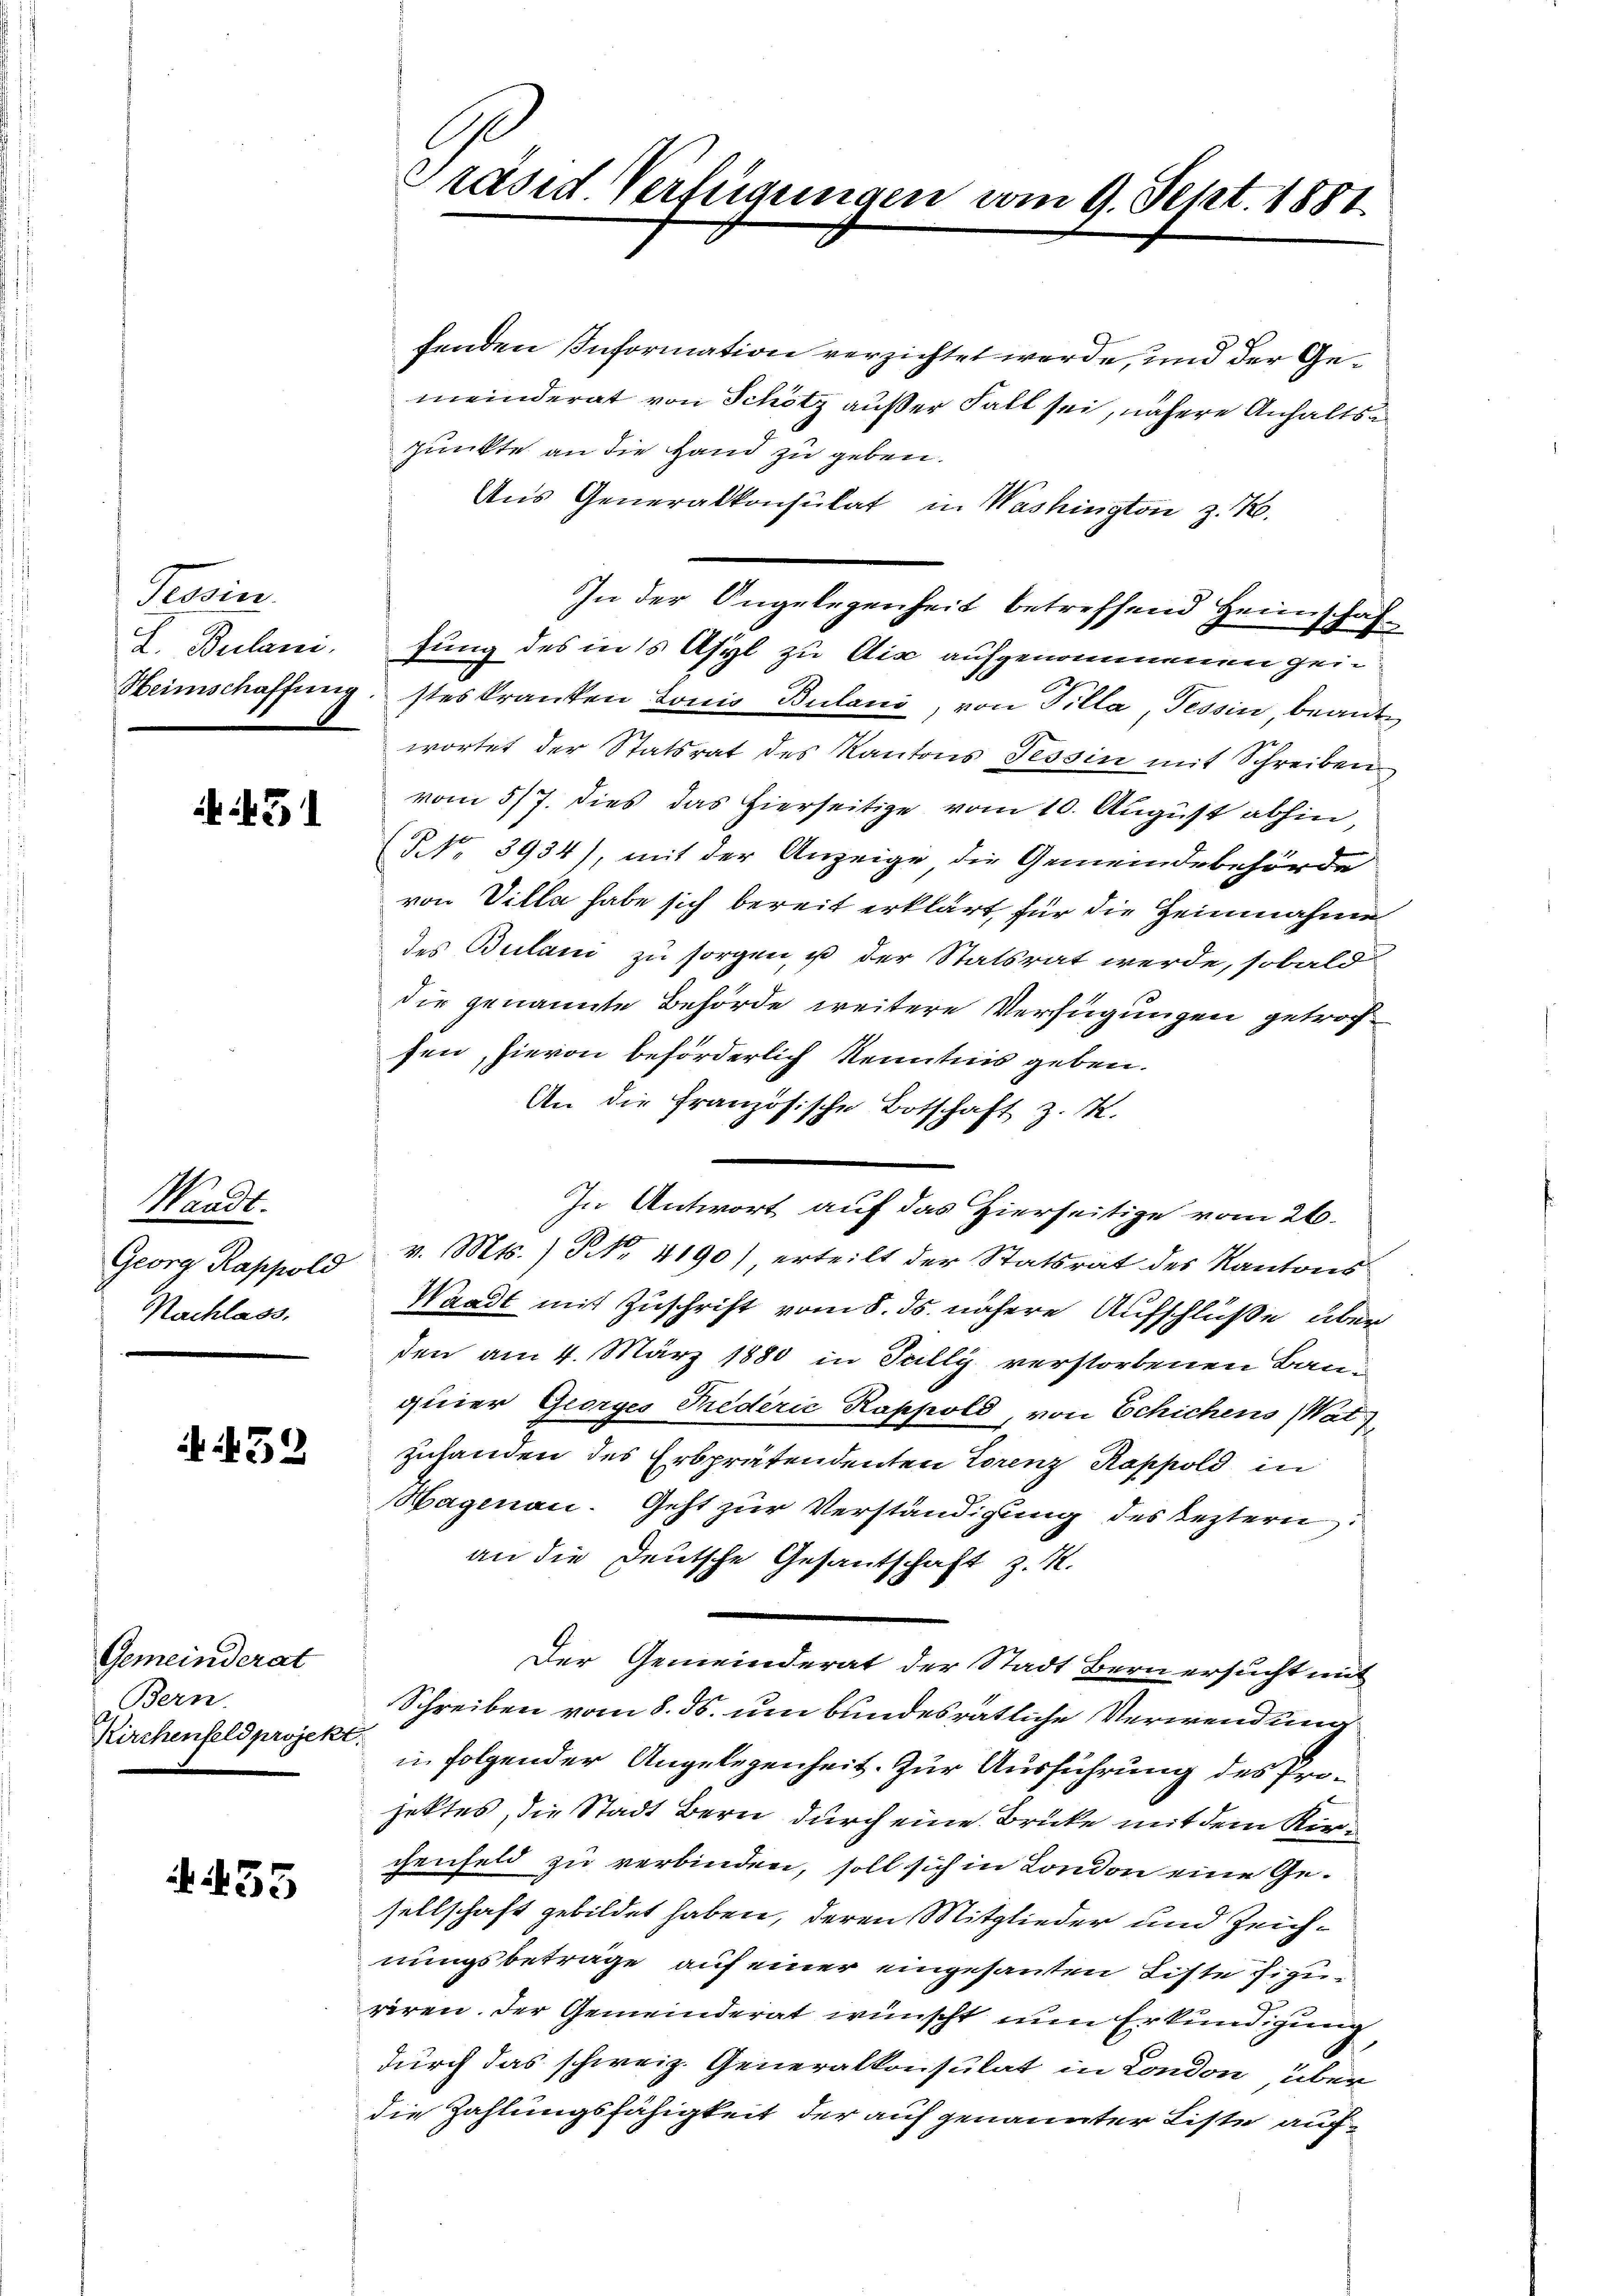
Provin
L. Bulani

45

Waadt.
Nachlass.

A. 439

Gemeinderat
Bern.
Kirchenfeld projekt.

A. 55

fenden Information verzichtet werde, und der Gemeinderat von Schötz außer Fall sei, nähere Anhaltsa
punkte an die Hand zu geben.
Aus Generalkonsulat in Washington z. R.
In der Angelegenheit betreffend Heimschaffung des in’s Asyl zu dix aufgenommenen gei¬
Heimschaffung stes kranken Lonio Bulani, von Tilla, Tessin, beantwortet der Statsrat des Kantons Tessin mit Schreiben
vom 5/7. dies das hierseitige vom 10. August abhin,
NNNo. 3934), mit der Anzeige die Gemeindebehörde
von Villa habe sich bereit erklärt, für die Heinnahme
des Bulani zu sorgen, ist der Statsrat werde, sobald
die genannte Behörde weitere Verfügungen getrocsen, hievon beförderlich Kenntnis geben.
An die Französische Botschaft z. R.
In Antwort auf das Hierseitige vom 26.
Georg Rappold v. Mts. ) NNo. 4190) erteilt der Statsrat des Kantons
Waadt mit Zuschrift vom 8. ds. nähere Aufschlüße über
den am 4. März 1880 in Jully verstorbenen Bauquier Georges Predérić Rappold, von Schichens (Wat
zuhanden des Erbprätendenten Lorenz Rappold in
Hagenau. Geht zur Verständigung des leztern
an die Deutsche Gesantschaft z. K.
Der Gemeinderat der Stadt Bern ersucht mit
Schreiben vom 8. ds. um bundesrätliche Verwendung
in folgender Angelegenheit. Zur Ausführung des Projektes, die Stadt Bern durch eine Brücke mit dem Kienchenfeld zu verbinden, soll sich in London eine Gesellschaft gebildet haben, deren Mitglieder und Zeichnungsbeträge auf einer eingesandten Liste fiziriren. Der Gemeinderat wünscht nun Erkundigung
durch das schweiz. Generalkonsulat in London, über
die Zahlungsfähigkeit der auf genannter Liste auf¬

Präses Verfügungen vom 9. Sept. 1881